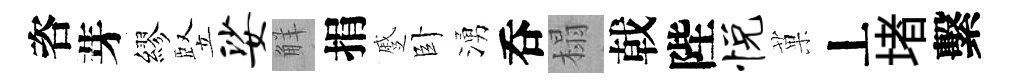
咨芽繆竪娑觧捐蹙卧湧呑榻戟陛悦菓丄堵繫